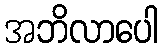
အဘိလာပေါ